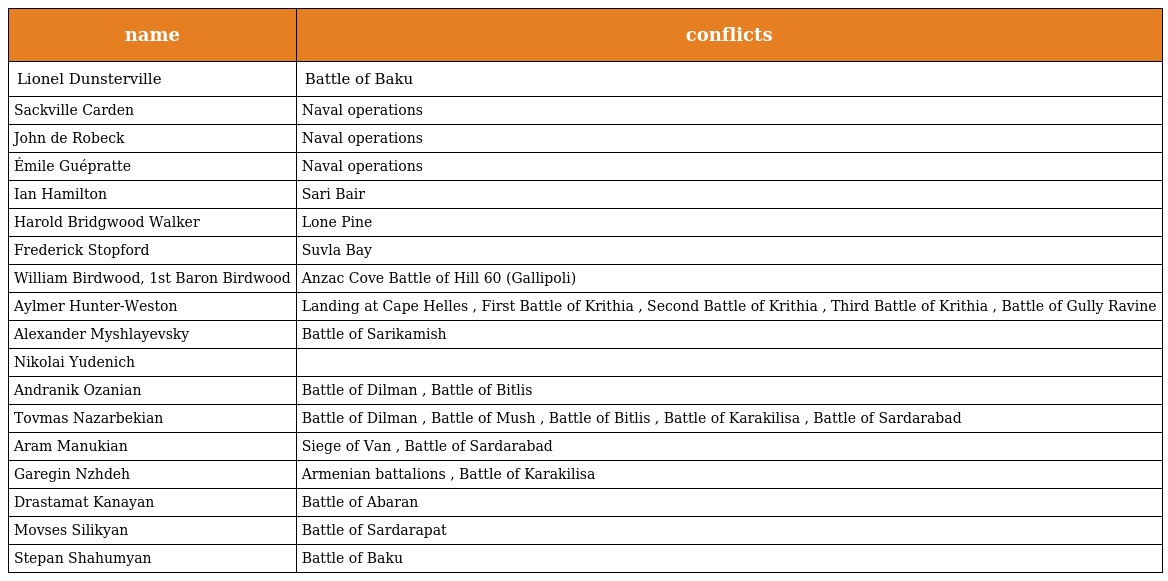
| name | conflicts |
 | --- | --- |
 | Lionel Dunsterville | Battle of Baku |
 | Sackville Carden | Naval operations |
 | John de Robeck | Naval operations |
 | Émile Guépratte | Naval operations |
 | Ian Hamilton | Sari Bair |
 | Harold Bridgwood Walker | Lone Pine |
 | Frederick Stopford | Suvla Bay |
 | William Birdwood, 1st Baron Birdwood | Anzac Cove Battle of Hill 60 (Gallipoli) |
 | Aylmer Hunter-Weston | Landing at Cape Helles , First Battle of Krithia , Second Battle of Krithia , Third Battle of Krithia , Battle of Gully Ravine |
 | Alexander Myshlayevsky | Battle of Sarikamish |
 | Nikolai Yudenich |  |
 | Andranik Ozanian | Battle of Dilman , Battle of Bitlis |
 | Tovmas Nazarbekian | Battle of Dilman , Battle of Mush , Battle of Bitlis , Battle of Karakilisa , Battle of Sardarabad |
 | Aram Manukian | Siege of Van , Battle of Sardarabad |
 | Garegin Nzhdeh | Armenian battalions , Battle of Karakilisa |
 | Drastamat Kanayan | Battle of Abaran |
 | Movses Silikyan | Battle of Sardarapat |
 | Stepan Shahumyan | Battle of Baku |